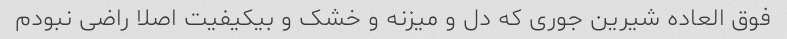
فوق العاده شیرین جوری که دل و میزنه و خشک و بیکیفیت اصلا راضی نبودم